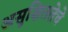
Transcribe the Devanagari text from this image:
असुक्षिततेचे